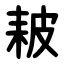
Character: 耚